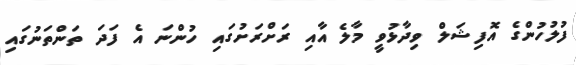
ފުލުހުންގެ އޮފިޝަލް ވިދާޅުވީ މާލެ އާއި ރަށްރަށުގައި ހުންނަ އެ ފަދަ ތަންތަނުގައި